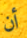
أن